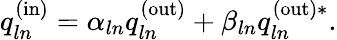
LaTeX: q_{ln}^{\mathrm{(in)}}=\alpha_{ln}q_{ln}^{\mathrm{(out)}}+\beta_{ln}q_{ln}^{\mathrm{(out)}*}.